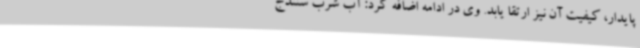
پایدار، کیفیت آن نیز ارتقا یابد. وی در ادامه اضافه کرد: آب شرب سنندج